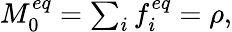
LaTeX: \begin{array}{r}{M_{0}^{eq}=\sum_{i}{f_{i}^{eq}}=\rho,}\end{array}